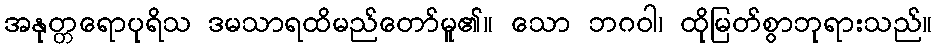
အနုတ္တရောပုရိသ ဒမသာရထိမည်တော်မူ၏။ သော ဘဂဝါ၊ ထိုမြတ်စွာဘုရားသည်။